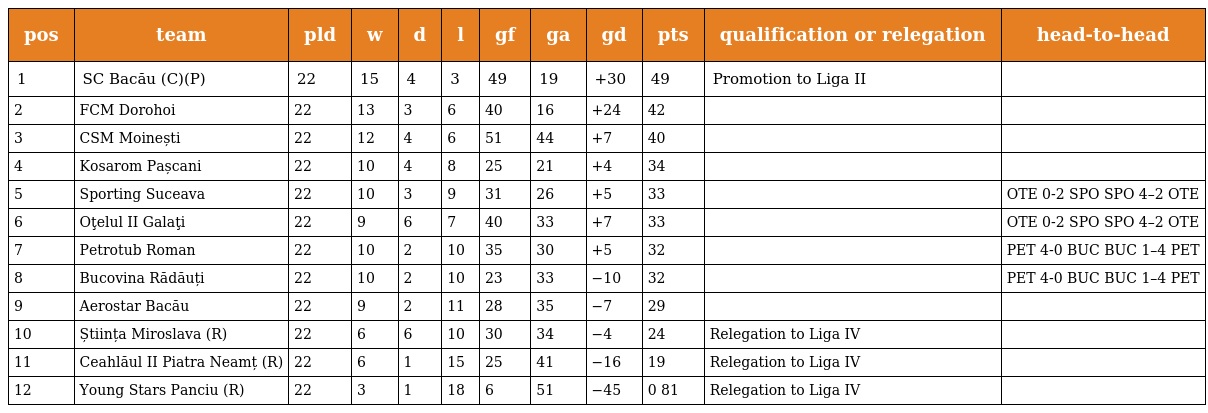
| pos | team | pld | w | d | l | gf | ga | gd | pts | qualification or relegation | head-to-head |
 | --- | --- | --- | --- | --- | --- | --- | --- | --- | --- | --- | --- |
 | 1 | SC Bacău (C)(P) | 22 | 15 | 4 | 3 | 49 | 19 | +30 | 49 | Promotion to Liga II |  |
 | 2 | FCM Dorohoi | 22 | 13 | 3 | 6 | 40 | 16 | +24 | 42 |  |  |
 | 3 | CSM Moinești | 22 | 12 | 4 | 6 | 51 | 44 | +7 | 40 |  |  |
 | 4 | Kosarom Pașcani | 22 | 10 | 4 | 8 | 25 | 21 | +4 | 34 |  |  |
 | 5 | Sporting Suceava | 22 | 10 | 3 | 9 | 31 | 26 | +5 | 33 |  | OTE 0-2 SPO SPO 4–2 OTE |
 | 6 | Oţelul II Galaţi | 22 | 9 | 6 | 7 | 40 | 33 | +7 | 33 |  | OTE 0-2 SPO SPO 4–2 OTE |
 | 7 | Petrotub Roman | 22 | 10 | 2 | 10 | 35 | 30 | +5 | 32 |  | PET 4-0 BUC BUC 1–4 PET |
 | 8 | Bucovina Rădăuți | 22 | 10 | 2 | 10 | 23 | 33 | −10 | 32 |  | PET 4-0 BUC BUC 1–4 PET |
 | 9 | Aerostar Bacău | 22 | 9 | 2 | 11 | 28 | 35 | −7 | 29 |  |  |
 | 10 | Știința Miroslava (R) | 22 | 6 | 6 | 10 | 30 | 34 | −4 | 24 | Relegation to Liga IV |  |
 | 11 | Ceahlăul II Piatra Neamț (R) | 22 | 6 | 1 | 15 | 25 | 41 | −16 | 19 | Relegation to Liga IV |  |
 | 12 | Young Stars Panciu (R) | 22 | 3 | 1 | 18 | 6 | 51 | −45 | 0 81 | Relegation to Liga IV |  |